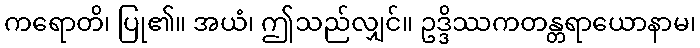
ကရောတိ၊ ပြု၏။ အယံ၊ ဤသည်လျှင်။ ဥဒ္ဒိဿကတန္တရာယောနာမ၊